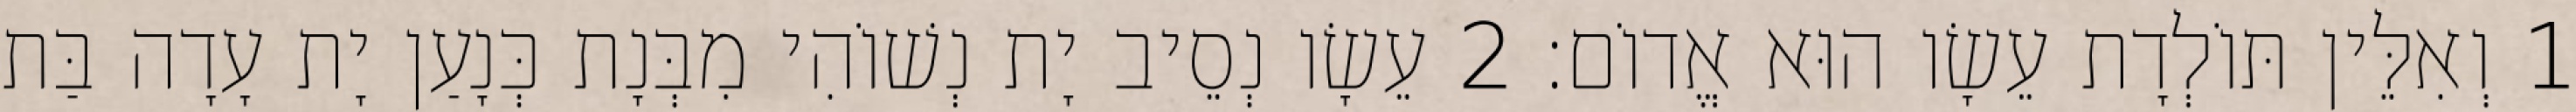
1 וְאִלֵּין תּוֹלְדָת עֵשָׂו הוּא אֱדוֹם׃ 2 עֵשָׂו נְסֵיב יָת נְשׁוֹהִי מִבְּנָת כְּנָעַן יָת עָדָה בַּת